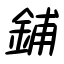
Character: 鋪